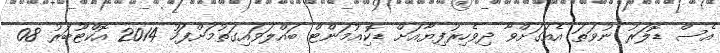
އެސް ޑޮލަރު ނުވަތަ އެއަގަށްވާ ދިވެހިރުފިޔާއަށް ޑޮކިއުމަންޓް ބައްލަވައިގަތުމަށްފަހު 2014 އޮކްޓޫބަރު 08